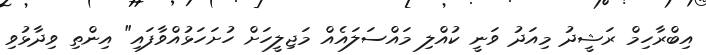
އިބްރާހިމް ރަޝީދު މިއަދު ވަނީ ކުއްލި މައްސަލައެއް މަޖިލީހަށް ހުށަހަޅުއްވާފައި" އިންތި ވިދާޅުވި